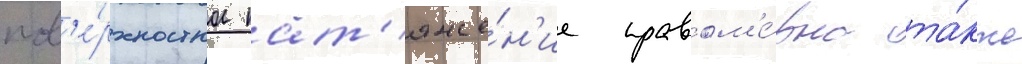
пов'е́рхностное нат'яже́н'ие правом'е́рно та́кже